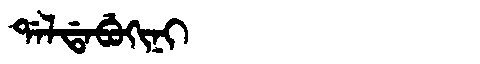
Manchu: ᡩᠠᠯᡩᠠᠪᡠᡴᡳᠨᡳ
Romanization: DALDABUKINI